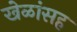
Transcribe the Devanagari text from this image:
खेळांसह